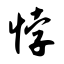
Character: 悖